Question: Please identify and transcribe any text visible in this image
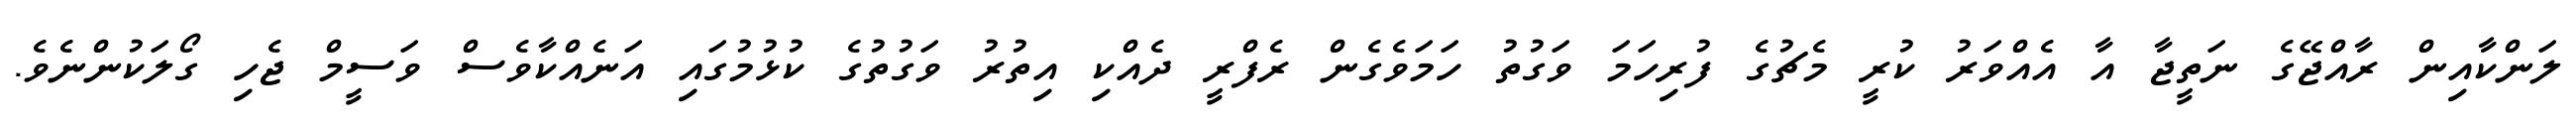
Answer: ލަންކާއިން ރާއްޖޭގެ ނަތީޖާ އާ އެއްވަރު ކުރީ މެޗުގެ ފުރިހަމަ ވަގުތު ހަމަވެގެން ރެފްރީ ދެއްކި އިތުރު ވަގުތުގެ ކުޅުމުގައި އަނެއްކާވެސް ވަސީމް ޖެހި ގޯލަކުންނެވެ.